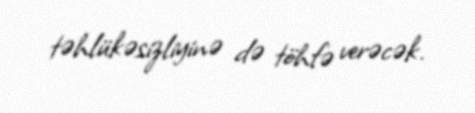
təhlükəsizliyinə də töhfə verəcək.